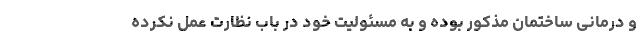
و درمانی ساختمان مذکور بوده و به مسئولیت خود در باب نظارت عمل نکرده